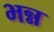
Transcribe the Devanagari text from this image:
भन्न